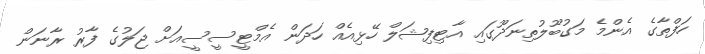
ހަފްތާގެ އެންމެ މަގުބޫލުތިނަދޫގައި އާޓިފިޝަލް ހޭޅިއެއް ހަދަން އެމްޓީސީސީއަށް ޖަލުގެ ފާރު ރާނަން